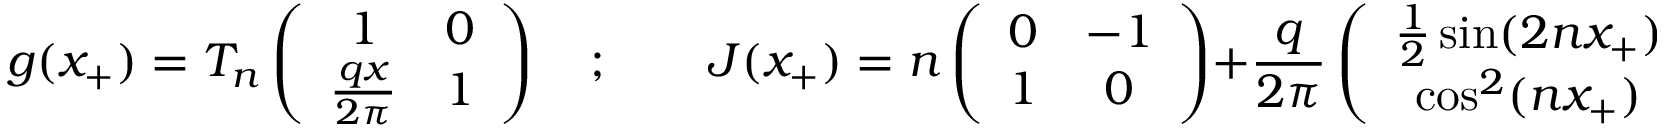
g ( x _ { + } ) = T _ { n } \left( \begin{array} { c c } { { 1 } } & { { 0 } } \\ { { \frac { q x } { 2 \pi } } } & { { 1 } } \end{array} \right) \quad ; \qquad J ( x _ { + } ) = n \left( \begin{array} { c c } { { 0 } } & { { - 1 } } \\ { { 1 } } & { { 0 } } \end{array} \right) + \frac { q } { 2 \pi } \left( \begin{array} { c c } { { \frac { 1 } { 2 } \sin ( 2 n x _ { + } ) } } & { { - \sin ^ { 2 } ( n x _ { + } ) } } \\ { { \cos ^ { 2 } ( n x _ { + } ) } } & { { - \frac { 1 } { 2 } \sin ( 2 n x _ { + } ) } } \end{array} \right) \, \, .